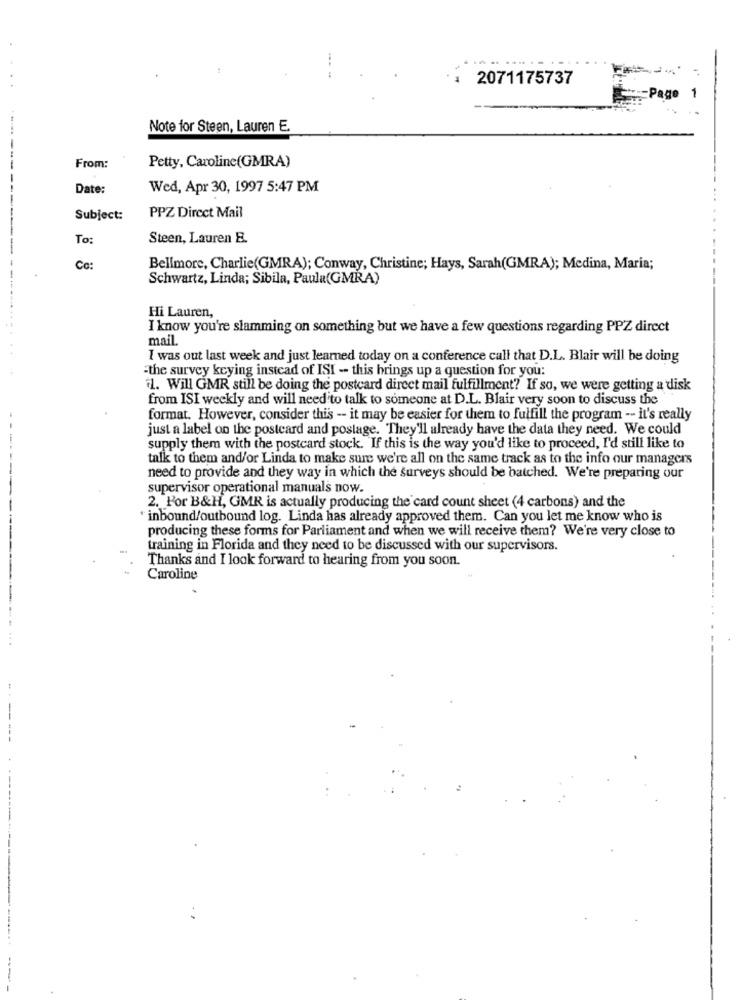
2071175737
-
Note for Steen, Lauren E.
Petty, Caroline(GMRA)
From:
Date:
Wed, Apr 30, 1997 5:47 PM
PPZ Direct Mail
Subject:
To:
Steen, Lauren E.
Ca:
Bellmore, Charlie(GMRA); Conway, Christine; Hays, Sarah(GMRA); Medina, Maria;
Schwartz, Linda; Sibila, Paula(GMRA)
-------------------
Hi Lauren,
I know you're slamming on something but we have a few questions regarding PPZ direct
mail.
I was out last week and just learned today on a conference call that D.L. Blair will be doing
"the survey keying instead of ISI - this brings up a question for you;
il. Will GMR still be doing the postcard direct mail fulfillment? If so, we were getting a disk
from ISI weekly and will need to talk to someone at D.L. Blair very soon to discuss the
format. However, consider this -- it may be easier for them to fulfill the program -- it's really
just a label on the postcard and postage. They'll already have the data they need. We could
supply them with the postcard stock. If this is the way you'd like to proceed, I'd still like to
talk to them and/or Linda to make sure we're all on the same track as to the info our managers
need to provide and they way in which the surveys should be batched. We're preparing our
supervisor operational manuals now.
2. For B&H, GMR is actually producing the card count sheet (4 carbons) and the
* inbound/outbound log. Linda has already approved them. Can you let me know who is
producing these forms for Parliament and when we will receive them? We're very close to
training in Florida and they need to be discussed with our supervisors.
Thanks and I look forward to hearing from you soon.
Caroline
-------------.
--
--